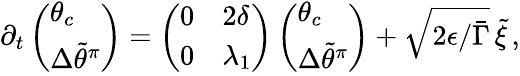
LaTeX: \begin{array}{r}{\partial_{t}\left(\begin{array}{l}{\theta_{c}}\\ {{\Delta\widetilde{\theta}^{\pi}}}\end{array}\right)=\left(\begin{array}{ll}{0}&{2\delta}\\ {0}&{\lambda_{1}}\end{array}\right)\left(\begin{array}{l}{\theta_{c}}\\ {{\Delta\widetilde{\theta}^{\pi}}}\end{array}\right)+\sqrt{2\epsilon/\bar{\Gamma}}\, \tilde{\xi}\, ,}\end{array}